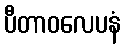
ပီတာဝလေပနံ